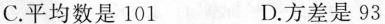
C.平均数是101 D.方差是93